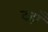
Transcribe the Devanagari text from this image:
दहाँ